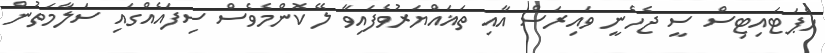
ހެޕަޓައިޓިސް ސީ ޖެހެނީ ވައިރަސް އާއި ތަޣައްޔަރުވެފައިވާ ލޭ ކޮންމެވެސް ސިފައެއްގައި ސަލާމަތުން